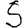
Digit: 5